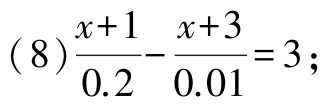
(8)$\frac{x + 1}{0.2} - \frac{x + 3}{0.01} = 3$;